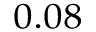
_ { 0 . 0 8 }